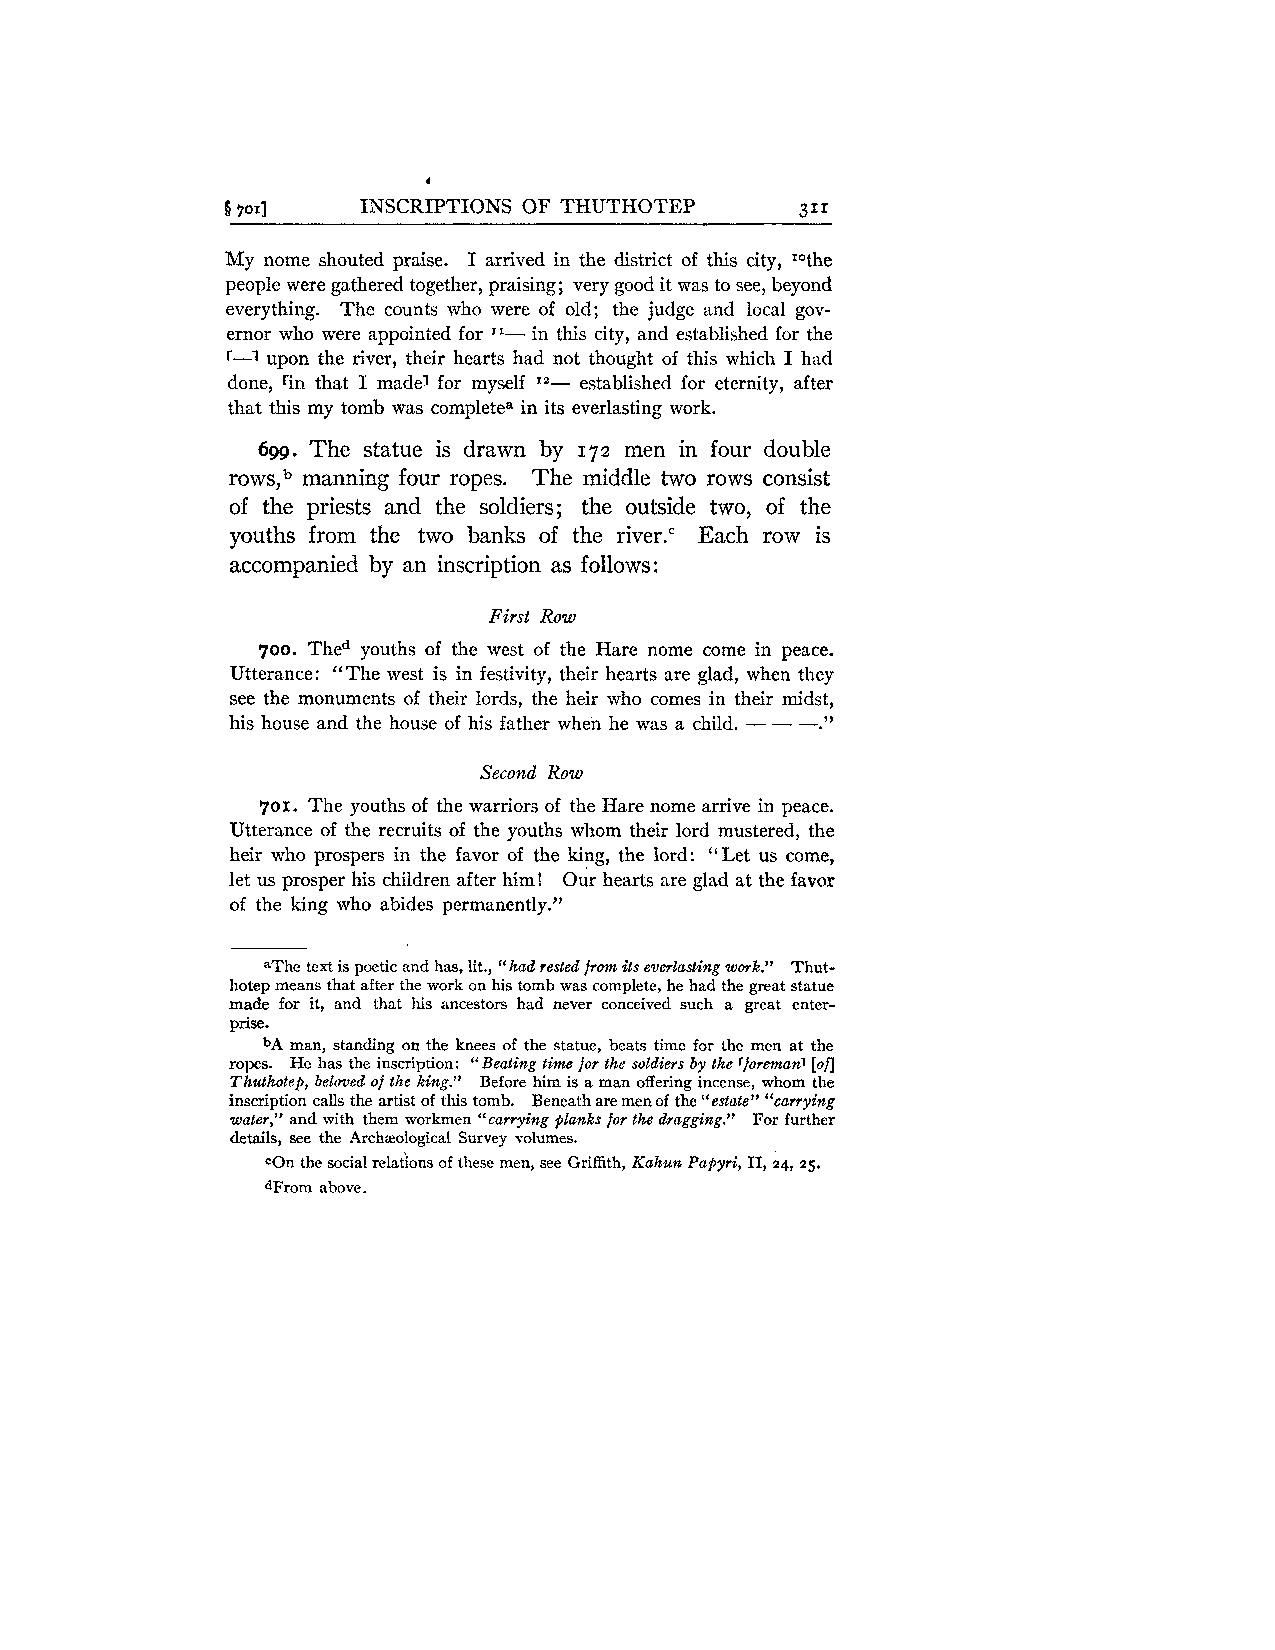
a
 8 ?or1   INSCRIPTIONS OF THUTHOTEP    311
 My nome shouted praise. I arrived in the district of this city, IOthe
 people were gathered together, praising; very good it was to see, beyond
 everything. The counts who were of old; the judge and local gov-
 ernor who were appointed for in this city, and established for the
 11-
 r-1 upon the river, their hearts had not thought of this which I had
 done, Fin that I made1 for myself established for eternity, after
 12-
 that this my tomb was complete8 in its everlasting work.
 699. The statue is drawn by 172 men in four double
 rows,b manning four ropes. The middle two rows consist
 of the priests and the soldiers; the outside two, of the
 youths from the two banks of the river." Each row is
 accompanied by an inscription as follows:
 First Row
 700. Thed youths of the west of the Hare nome come in peace.
 Utterance: "The west is in festivity, their hearts are glad, when they
 see the monuments of their lords, the heir who comes in their midst,
 his house and the house of his father when he was a child. - - -."
 Second Row
 701. The youths of the warriors of the Hare nome arrive in peace.
 Utterance of the recrdts of the youths whom their lord mustered, the
 heir who prospers in the favor of the king, the lord: "Let us come,
 let us prosper his children after him! our hearts are glad at the favor
 of the king who abides permanently."
 aThe text is poetic and has, lit., " kad rested from its everlasting work!' Thut-
 hotep means that after the work on his tomb was complete, he had the great statue
 made for it, and that his ancestors had never conceived such a great enter-
 prise.
 bA man, standing on the knees of the statue, beats time for the men at the
 ropes. He has the inscription: "Beating time for the soldiers by the rforemanl [on
 Thutkotep, beloved of the king." Before him is a man offering incense, whom the
 inscription calls the artist of this tomb. Beneath are men of the "estate" "carrying
 water," and with them workmen "carrying planks for the dragging." For further
 details, see the Archaeological Survey volumes.
 con the social reladons of these men, see Griffith, Kakun Papyri, 11, 24, 25.
 dFrom above.